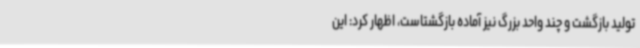
تولید بازگشت و چند واحد بزرگ نیز آماده بازگشتاست، اظهار کرد: این